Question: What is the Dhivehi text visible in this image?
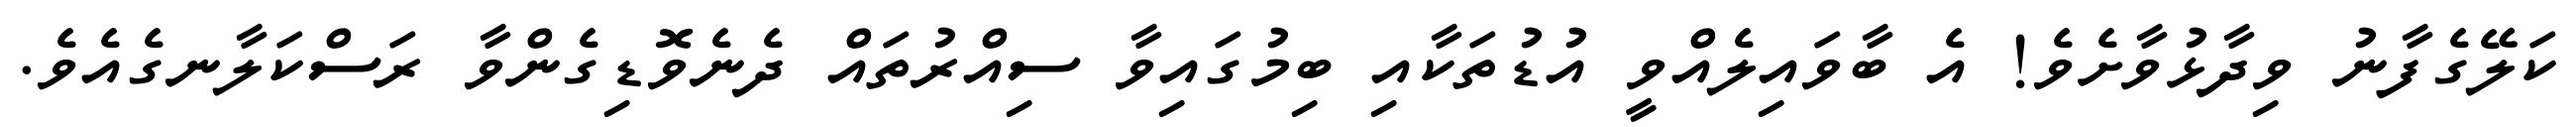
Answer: ކަލޭގެފާނު ވިދާޅުވާށެވެ! އެ ބާވައިލެއްވީ އުޑުތަކާއި ބިމުގައިވާ ސިއްރުތައް ދެނެވޮޑިގެންވާ ރަސްކަލާނގެއެވެ.